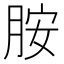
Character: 胺